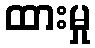
ထားမှု